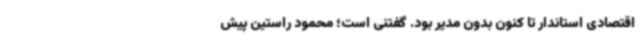
اقتصادی استاندار تا کنون بدون مدیر بود. گفتنی است؛ محمود راستین پیش